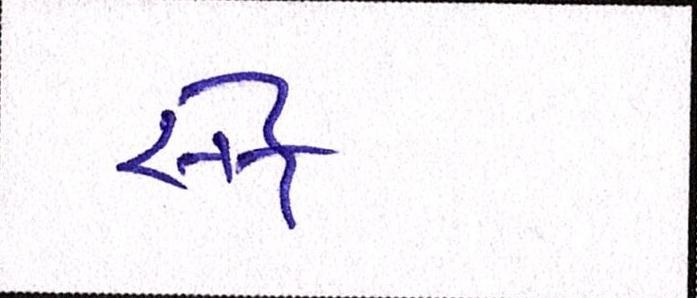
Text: સેફ